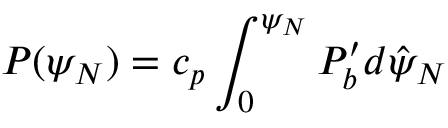
P ( \psi _ { N } ) = c _ { p } \int _ { 0 } ^ { \psi _ { N } } P _ { b } ^ { \prime } d \hat { \psi } _ { N }